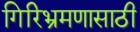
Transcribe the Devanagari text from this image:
गिरिभ्रमणासाठी